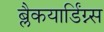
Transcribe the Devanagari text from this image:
ब्लैकयार्डिंग्न्स